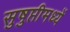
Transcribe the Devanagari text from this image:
सुषुप्तीमध्यें